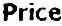
PRICE